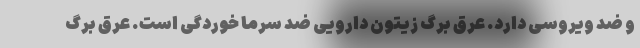
و ضد ویروسی دارد. عرق برگ زیتون دارویی ضد سرما خوردگی است. عرق برگ